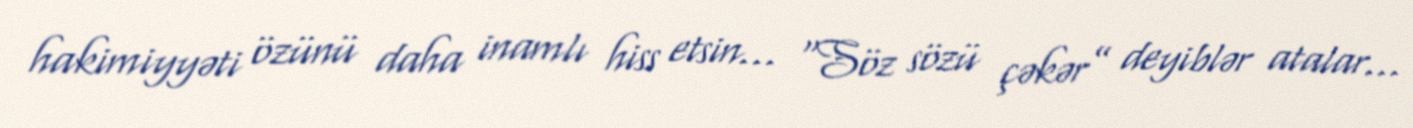
hakimiyyəti özünü daha inamlı hiss etsin... “Söz sözü çəkər” deyiblər atalar...